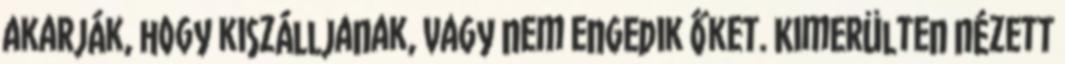
akarják, hogy kiszálljanak, vagy nem engedik őket. Kimerülten nézett